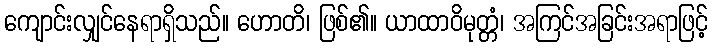
ကျောင်းလျှင်နေရာရှိသည်။ ဟောတိ၊ ဖြစ်၏။ ယာထာဝိမုတ္တံ၊ အကြင်အခြင်းအရာဖြင့်